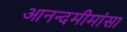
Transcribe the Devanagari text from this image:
आनन्दमीमांसा